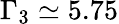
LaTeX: \Gamma_{3}\simeq 5.75